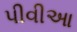
પીવીઆ